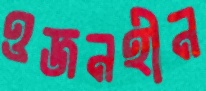
ওজনহীন